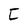
Character: I